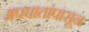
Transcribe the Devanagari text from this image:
अपघातांपासून